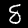
Label: 8